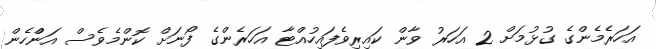
އަހަރެމެންގެ ގުޅުމަށް 2 އަހަރު ވާން ކައިރިވެފައިހުއްޓާ އަހަރެންގެ ފޯނަށް ކޮންމެވެސް އަންްހެން